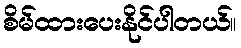
စိမ်ထားပေးနိုင်ပါတယ်။